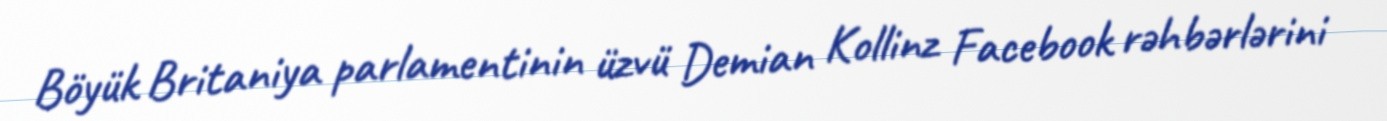
Böyük Britaniya parlamentinin üzvü Demian Kollinz Facebook rəhbərlərini